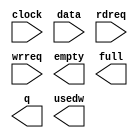
module altbramfifo_w144_d45 (
	clock,
	data,
	rdreq,
	wrreq,
	empty,
	full,
	q,
	usedw);

	input	  clock;
	input	[143:0]  data;
	input	  rdreq;
	input	  wrreq;
	output	  empty;
	output	  full;
	output	[143:0]  q;
	output	[5:0]  usedw;

endmodule